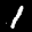
Label: 1